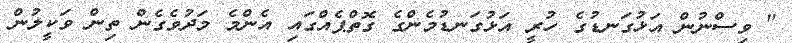
" ވިސްނުން އަޅުގަނޑުގެ ހުރީ އަޅުގަނޑުމެންގެ ގޮތްޕެއްގައި އެންމެ މަދުވެގެން ތިން ވަކީލުން